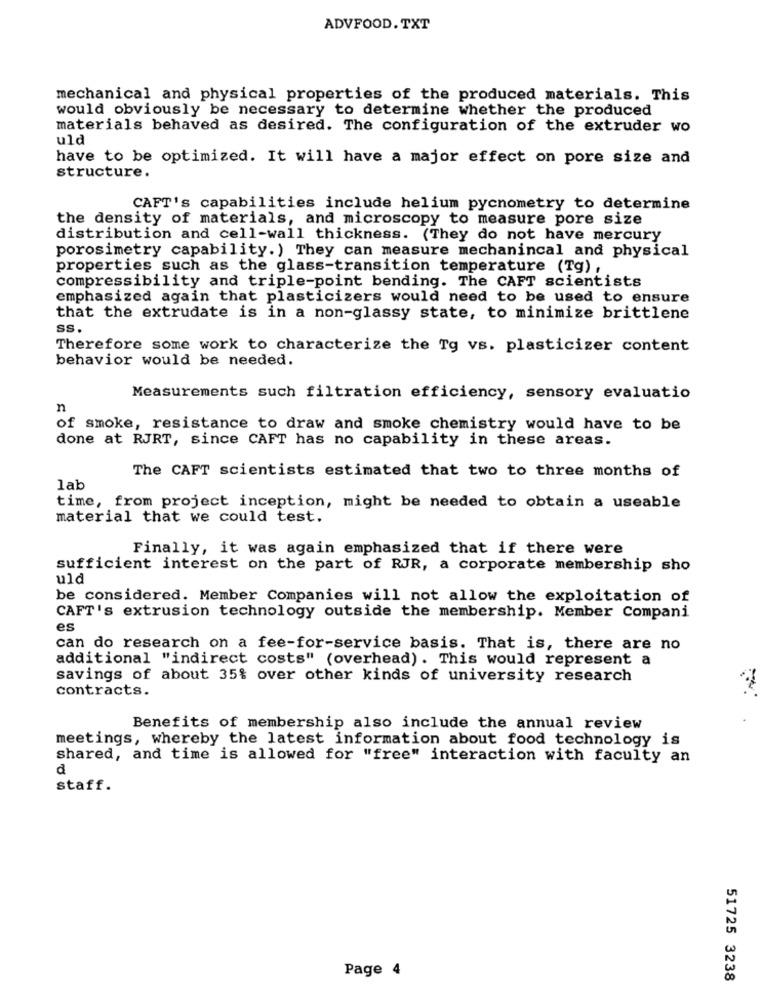
ADVFOOD. TXT
mechanical and physical properties of the produced materials. This
would obviously be necessary to determine whether the produced
materials behaved as desired. The configuration of the extruder wo
uld
have to be optimized. It will have a major effect on pore size and
structure.
CAFT's capabilities include helium pycnometry to determine
the density of materials, and microscopy to measure pore size
distribution and cell-wall thickness. (They do not have mercury
porosimetry capability.) They can measure mechanincal and physical
properties such as the glass-transition temperature (Tg) ,
compressibility and triple-point bending. The CAFT scientists
emphasized again that plasticizers would need to be used to ensure
that the extrudate is in a non-glassy state, to minimize brittlene
ss.
Therefore some work to characterize the Tg vs. plasticizer content
behavior would be needed.
Measurements such filtration efficiency, sensory evaluatio
n
of smoke, resistance to draw and smoke chemistry would have to be
done at RJRT, since CAFT has no capability in these areas.
The CAFT scientists estimated that two to three months of
lab
time, from project inception, might be needed to obtain a useable
material that we could test.
Finally, it was again emphasized that if there were
sufficient interest on the part of RJR, a corporate membership sho
uld
be considered. Member Companies will not allow the exploitation of
CAFT's extrusion technology outside the membership. Member Compani
es
can do research on a fee-for-service basis. That is, there are no
additional "indirect costs" (overhead). This would represent a
savings of about 35% over other kinds of university research
contracts.
Benefits of membership also include the annual review
meetings, whereby the latest information about food technology is
shared, and time is allowed for "free" interaction with faculty an
₫
staff.
Page 4
51725 3238